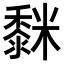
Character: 𮮒